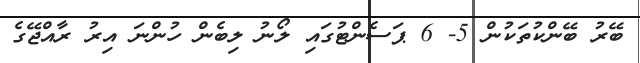
ބޭރު ބޭންކުތަކުން 5- 6 ޕަސެންޓުގައި ލޯނު ލިބެން ހުންނަ އިރު ރާއްޖޭގެ